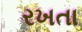
રખતા